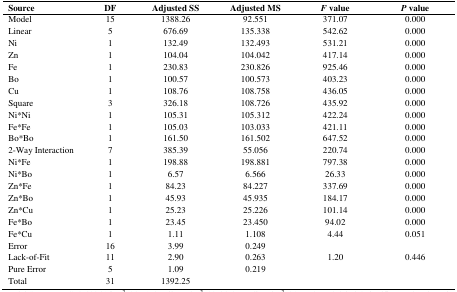
<table><thead><tr><td><b>Source</b></td><td><b>DF</b></td><td><b>Adjusted SS</b></td><td><b>Adjusted MS</b></td><td><b><i>F</i> value</b></td><td><b><i>P</i> value</b></td></tr></thead><tbody><tr><td>Model</td><td>15</td><td>1388.26</td><td>92.551</td><td>371.07</td><td>0.000</td></tr><tr><td>Linear</td><td>5</td><td>676.69</td><td>135.338</td><td>542.62</td><td>0.000</td></tr><tr><td>Ni</td><td>1</td><td>132.49</td><td>132.493</td><td>531.21</td><td>0.000</td></tr><tr><td>Zn</td><td>1</td><td>104.04</td><td>104.042</td><td>417.14</td><td>0.000</td></tr><tr><td>Fe</td><td>1</td><td>230.83</td><td>230.826</td><td>925.46</td><td>0.000</td></tr><tr><td>Bo</td><td>1</td><td>100.57</td><td>100.573</td><td>403.23</td><td>0.000</td></tr><tr><td>Cu</td><td>1</td><td>108.76</td><td>108.758</td><td>436.05</td><td>0.000</td></tr><tr><td>Square</td><td>3</td><td>326.18</td><td>108.726</td><td>435.92</td><td>0.000</td></tr><tr><td>Ni*Ni</td><td>1</td><td>105.31</td><td>105.312</td><td>422.24</td><td>0.000</td></tr><tr><td>Fe*Fe</td><td>1</td><td>105.03</td><td>103.033</td><td>421.11</td><td>0.000</td></tr><tr><td>Bo*Bo</td><td>1</td><td>161.50</td><td>161.502</td><td>647.52</td><td>0.000</td></tr><tr><td>2-Way Interaction</td><td>7</td><td>385.39</td><td>55.056</td><td>220.74</td><td>0.000</td></tr><tr><td>Ni*Fe</td><td>1</td><td>198.88</td><td>198.881</td><td>797.38</td><td>0.000</td></tr><tr><td>Ni*Bo</td><td>1</td><td>6.57</td><td>6.566</td><td>26.33</td><td>0.000</td></tr><tr><td>Zn*Fe</td><td>1</td><td>84.23</td><td>84.227</td><td>337.69</td><td>0.000</td></tr><tr><td>Zn*Bo</td><td>1</td><td>45.93</td><td>45.935</td><td>184.17</td><td>0.000</td></tr><tr><td>Zn*Cu</td><td>1</td><td>25.23</td><td>25.226</td><td>101.14</td><td>0.000</td></tr><tr><td>Fe*Bo</td><td>1</td><td>23.45</td><td>23.450</td><td>94.02</td><td>0.000</td></tr><tr><td>Fe*Cu</td><td>1</td><td>1.11</td><td>1.108</td><td>4.44</td><td>0.051</td></tr><tr><td>Error</td><td>16</td><td>3.99</td><td>0.249</td><td></td><td></td></tr><tr><td>Lack-of-Fit</td><td>11</td><td>2.90</td><td>0.263</td><td>1.20</td><td>0.446</td></tr><tr><td>Pure Error</td><td>5</td><td>1.09</td><td>0.219</td><td></td><td></td></tr><tr><td>Total</td><td>31</td><td>1392.25</td><td></td><td></td><td></td></tr></tbody></table>